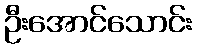
ဦးအောင်သောင်း